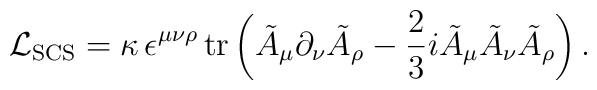
{\cal L}_{\rm SCS} = \kappa \, \epsilon^{\mu\nu\rho}\, {\rm tr} \left(    \tilde{A}_\mu \partial_\nu \tilde{A}_\rho - \frac23 i    \tilde{A}_\mu \tilde{A}_\nu \tilde{A}_\rho \right).